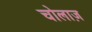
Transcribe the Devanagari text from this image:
चोलाज़